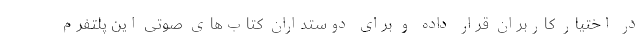
در اختیار کاربران قرار داده و برای دوستداران کتاب‌های صوتی این پلتفرم